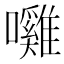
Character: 𭌲